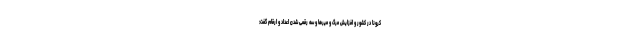
کرونا در کشور و افزایش مرگ و میرها و سه رقمی شدن اعداد و ارقام گفت: